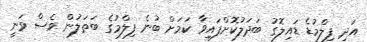
އަދި ފިލްމުޑެ ޑައިލޮގު ބަދަލުކޮށްފައިވާ ކަމަށް ބުނެ ފިލްމުގެ ބަތަލުން ވެސް ވަނީ